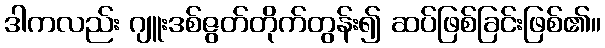
ဒါကလည်း ဂျူးဒစ်ဇွတ်တိုက်တွန်း၍ ဆပ်ဖြစ်ခြင်းဖြစ်၏။